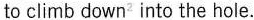
to climb down2 into the hole.